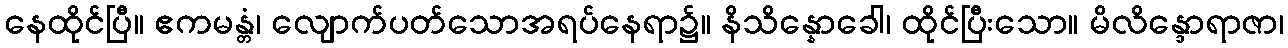
နေထိုင်ပြီ။ ဧကမန္တံ၊ လျောက်ပတ်သောအရပ်နေရာ၌။ နိသိန္နောခေါ၊ ထိုင်ပြီးသော။ မိလိန္ဒောရာဇာ၊